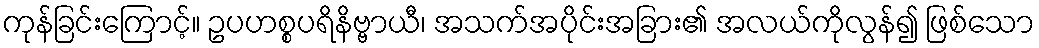
ကုန်ခြင်းကြောင့်။ ဥပဟစ္စပရိနိဗ္ဗာယီ၊ အသက်အပိုင်းအခြား၏ အလယ်ကိုလွန်၍ ဖြစ်သော